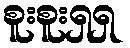
စူးစူးရှရှ